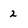
Character: 2